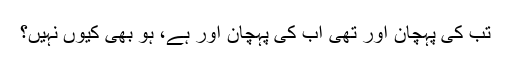
تب کی پہچان اور تھی اب کی پہچان اور ہے، ہو بھی کیوں نہیں؟